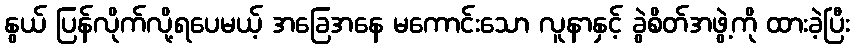
နွယ် ပြန်လိုက်လို့ရပေမယ့် အခြေအနေ မကောင်းသော လူနာနှင့် ခွဲစိတ်အဖွဲ့ကို ထားခဲ့ပြီး